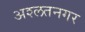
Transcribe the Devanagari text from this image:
अश्लतनगर